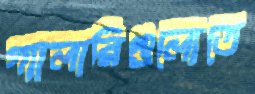
গ্যালারিগুলোতে